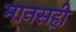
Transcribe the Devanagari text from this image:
मानसही